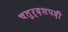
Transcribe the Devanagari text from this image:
चतुर्दशपदी